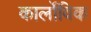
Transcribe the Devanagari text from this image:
कार्लोविक